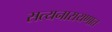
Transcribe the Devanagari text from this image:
सत्यनारायणात